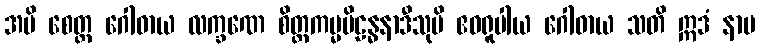
အပိ စေတ္ထ ဂေါဓာယ လက္ခဏေ စိတ္တကမ္မပိဠန္ဓနာဒီသုပိ ဧဝရူပါယ ဂေါဓာယ သတိ ဣဒံ နာမ